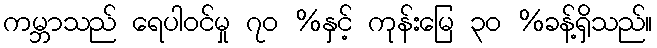
ကမ္ဘာသည် ရေပါဝင်မှု ၇၀ %နှင့် ကုန်းမြေ ၃၀ %ခန့်ရှိသည်။